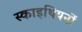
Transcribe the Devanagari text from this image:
स्काइथियनों